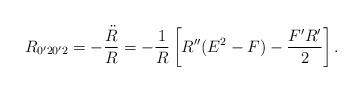
LaTeX: \begin{align*}R_{0'20'2} = -{\ddot{R}\over R}= -{1 \over R}\left[ R''(E^2 - F) - {F'R' \over 2}\right].\end{align*}